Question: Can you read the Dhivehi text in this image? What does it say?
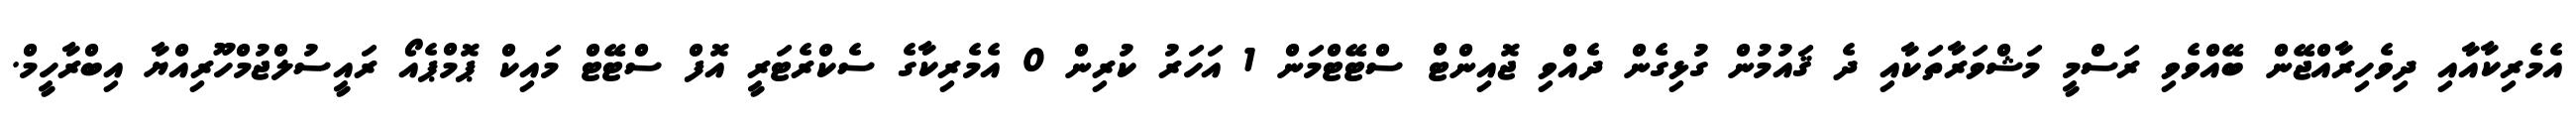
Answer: އެމެރިކާއާއި ދިވެހިރާއްޖޭން ބޭއްވެވި ރަސްމީ މަޝްވަރާތަކާއި ދެ ޤައުމުން ގުޅިގެން ދެއްވި ޖޮއިންޓް ސްޓޭޓްމަން 1 އަހަރު ކުރިން 0 އެމެރިކާގެ ސެކްރެޓަރީ އޮފް ސްޓޭޓް މައިކް ޕޮމްޕެއޯ ރައީސުލްޖުމްހޫރިއްޔާ އިބްރާހީމް.